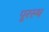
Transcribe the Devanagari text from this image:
पूरस्थ